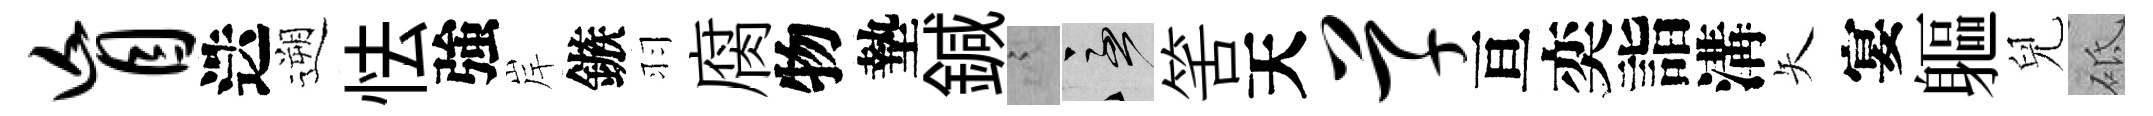
盲迭遡怯強岸鏃羽腐物墊鍼謭急筈天草亘奕詣溝矢宴軀兒砥